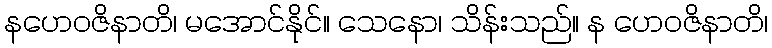
နဟေဝဇိနာတိ၊ မအောင်နိုင်။ သေနော၊ သိန်းသည်။ န ဟေဝဇိနာတိ၊